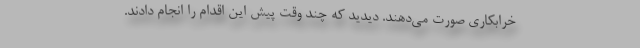
خرابکاری صورت می‌دهند. دیدید که چند وقت پیش این اقدام را انجام دادند.